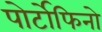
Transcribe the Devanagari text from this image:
पोर्टोफिनो